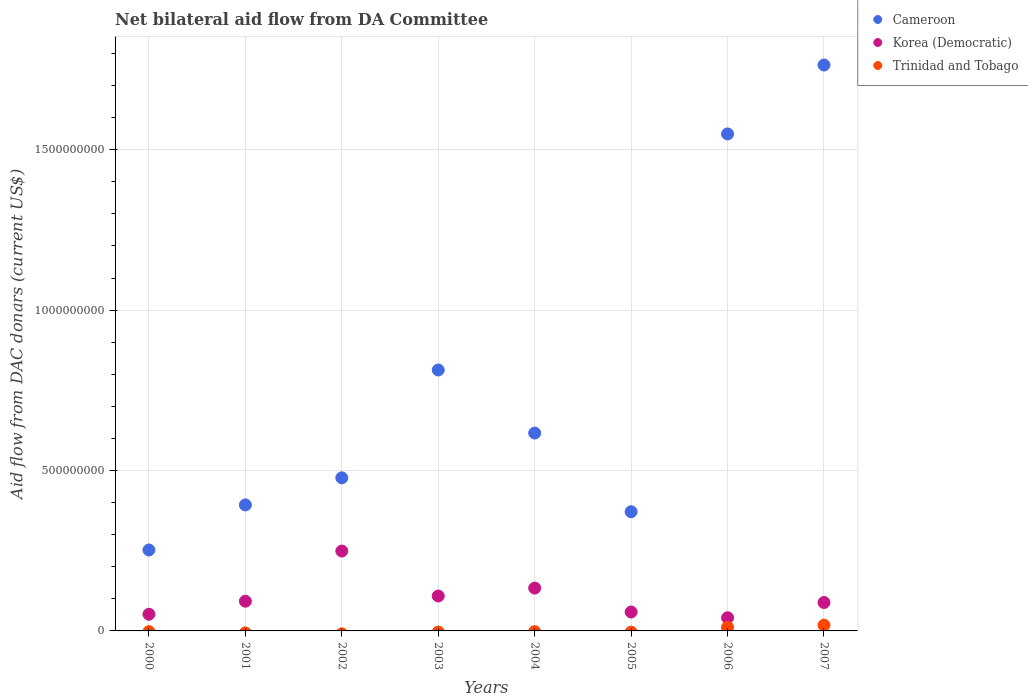
| Years | Cameroon | Korea (Democratic) | Trinidad and Tobago |
 | --- | --- | --- | --- |
 | 2000 | 2.52e+08 | 5.19e+07 | -2.25e+06 |
 | 2001 | 3.93e+08 | 9.26e+07 | -6.22e+06 |
 | 2002 | 4.77e+08 | 2.49e+08 | -9.19e+06 |
 | 2003 | 8.13e+08 | 1.09e+08 | -3.54e+06 |
 | 2004 | 6.17e+08 | 1.34e+08 | -2.2e+06 |
 | 2005 | 3.72e+08 | 5.9e+07 | -3.75e+06 |
 | 2006 | 1.55e+09 | 4.10e+07 | 1.14e+07 |
 | 2007 | 1.76e+09 | 8.86e+07 | 1.8e+07 |